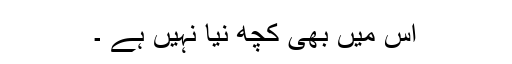
اس میں بھی کچھ نیا نہیں ہے ۔